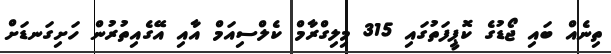
ތިނެއް ބައި ޖޯޑުގެ ކޮޕީފަތުގައި 315 މިލިގްރާމް ކެލްސިއަމް އާއި އޭގެއިތުރުން ހަށިގަނޑަށް